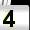
Digit: 4